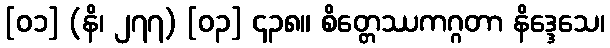
[၀၁] (နိ၊ ၂၇၇) [၀၃] ၄၃၈။ စိတ္တေဿကဂ္ဂတာ နိဒ္ဒေသေ၊